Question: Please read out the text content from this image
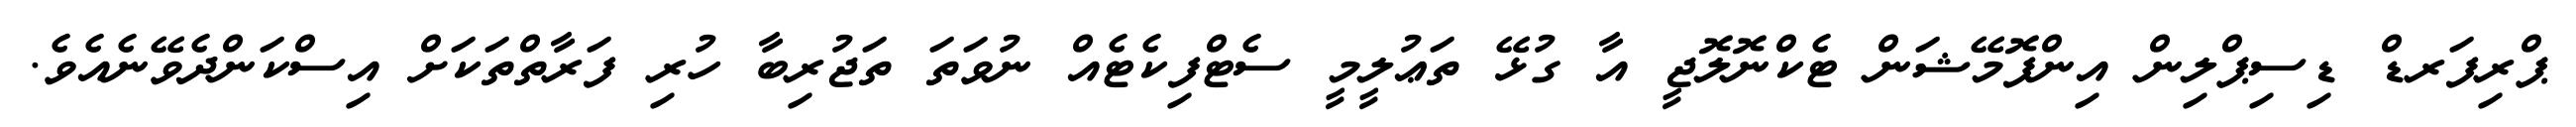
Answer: ޕްރިފަރޑް ޑިސިޕްލިން އިންފޮމޭޝަން ޓެކްނޮލޮޖީ އާ ގުޅޭ ތަޢުލީމީ ސެޓްފިކެޓެއް ނުވަތަ ތަޖުރިބާ ހުރި ފަރާތްތަކަށް އިސްކަންދެވޭނެއެވެ.